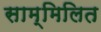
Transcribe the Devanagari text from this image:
साम्मिलित